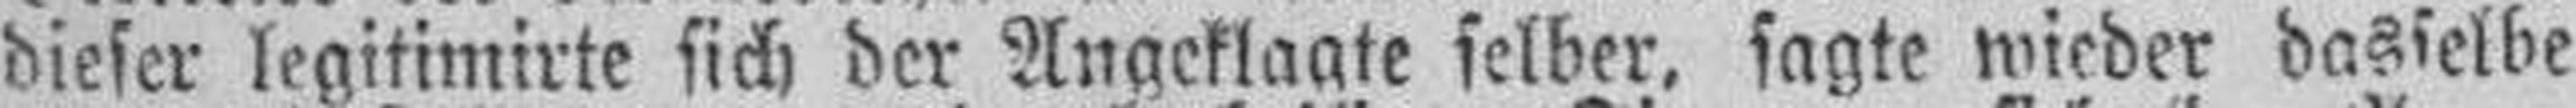
dieser legitimirte sich der Angeklagte selber, sagte wieder dasselbe